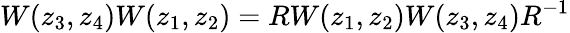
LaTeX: W(z_{3},z_{4})W(z_{1},z_{2})=RW(z_{1},z_{2})W(z_{3},z_{4})R^{-1}